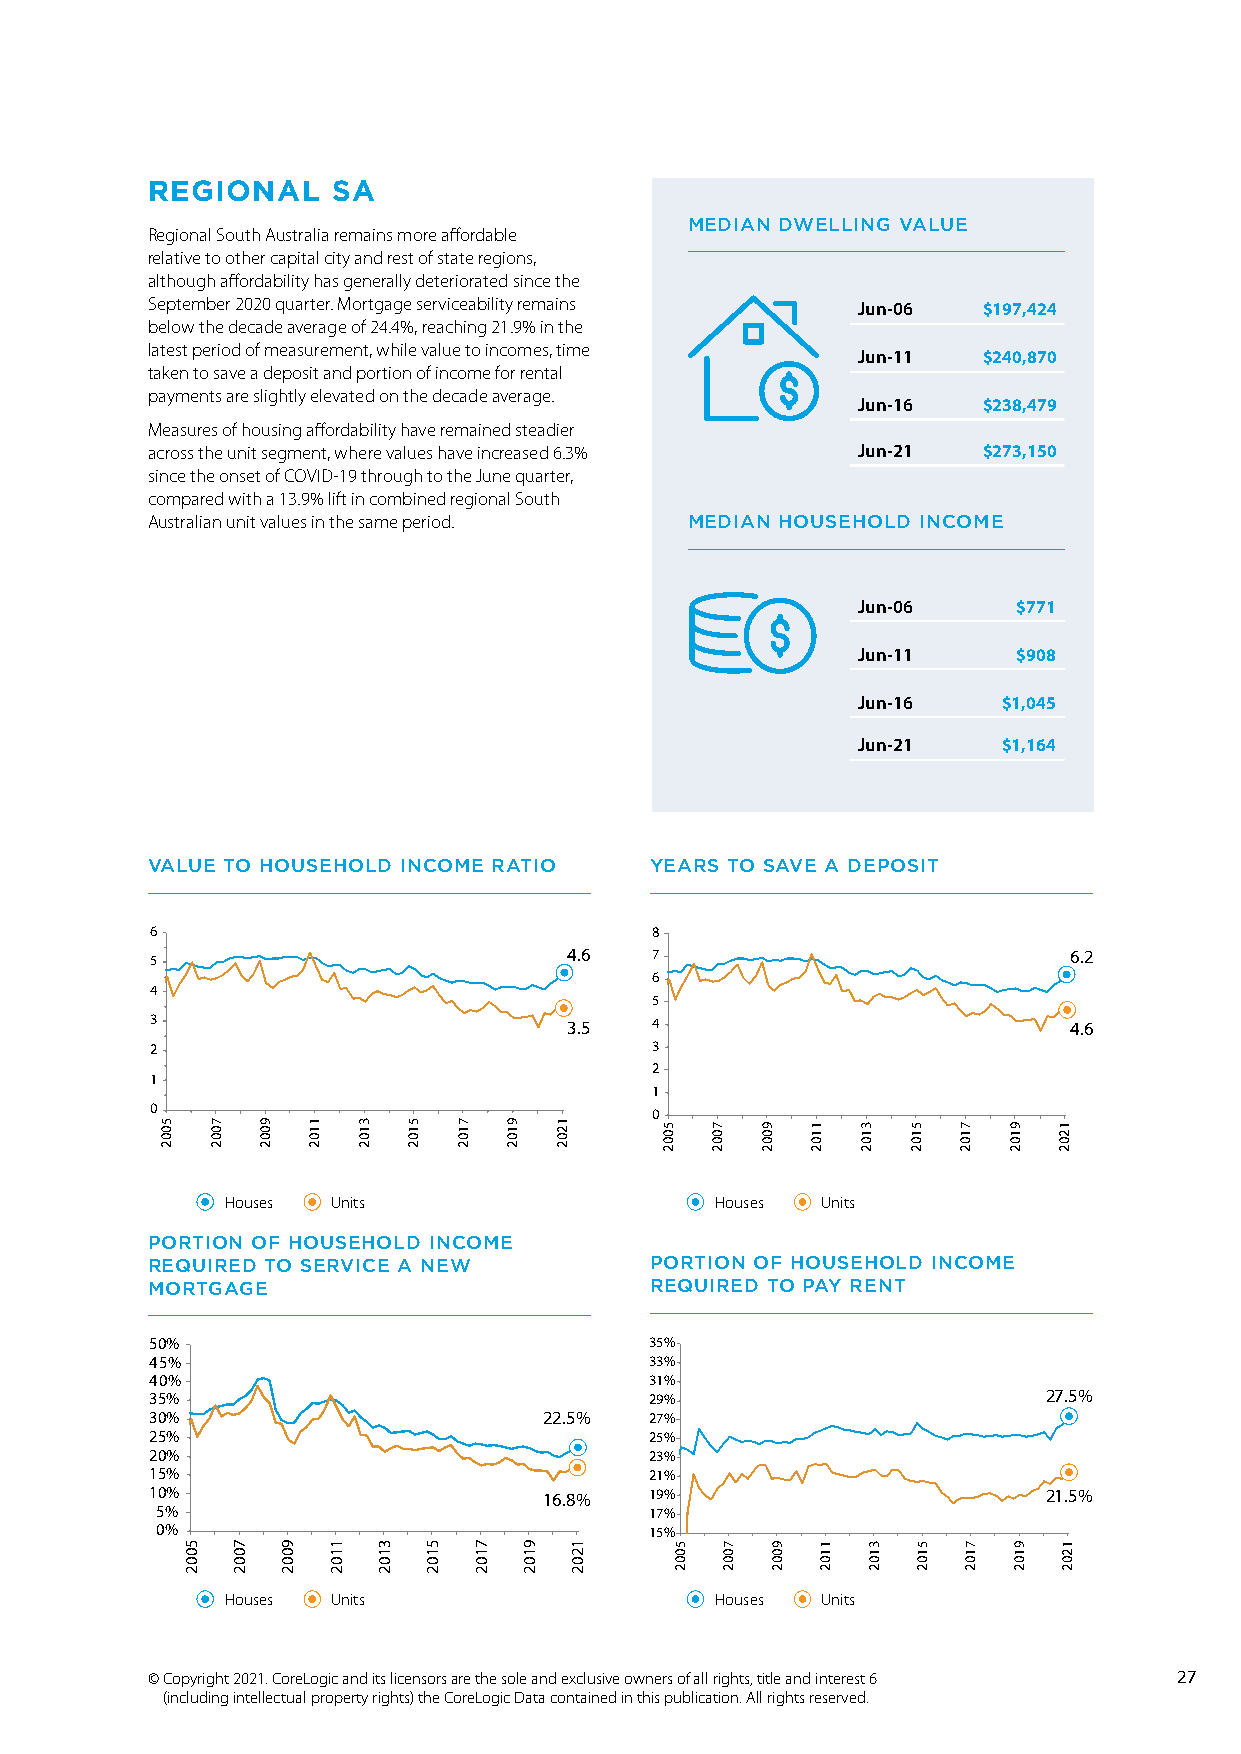
REGIONAL    SA
 MEDIAN DWELLING VALUE
 Regional South Australia remains more affordable
 relative to other capital city and rest of state regions,
 although affordability has generally deteriorated since the
 September 2020 quarter. Mortgage serviceability remains Jun-06 $197,424
 below the decade average of 24.4%, reaching 21.9% in the
 latest period of measurement, while value to incomes, time
 Jun-11  $240,870
 taken to save a deposit and portion of income for rental
 payments are slightly elevated on the decade average.
 Jun-16  $238,479
 Measures of housing affordability have remained steadier
 across the unit segment, where values have increased 6.3% Jun-21 $273,150
 since the onset of COVID-19 through to the June quarter,
 compared with a 13.9% lift in combined regional South
 Australian unit values in the same period. MEDIAN HOUSEHOLD INCOME
 Jun-06    $771
 Jun-11    $908
 Jun-16   $1,045
 Jun-21   $1,164
 VALUE TO HOUSEHOLD INCOME RATIO  YEARS TO SAVE A DEPOSIT
 6                                8
 5                           4.6  7                           6.2
 6
 4
 5
 3                           3.5  4                           4.6
 2                                3
 2
 1
 1
 0                                0
 Houses Units                    Houses Units
 PORTION OF HOUSEHOLD INCOME
 REQUIRED TO SERVICE A NEW        PORTION OF HOUSEHOLD INCOME
 MORTGAGE                         REQUIRED TO PAY RENT
 50%                              35%
 45%                              33%
 40%                              31%
 35%                              29%                       27.5%
 30%                       22.5%  27%
 25%                              25%
 20%                              23%
 15%                              21%
 10%                       16.8%  19%                       21.5%
 5%                               17%
 0%                               15%
 Houses Units                    Houses Units
 © Copyright 2021. CoreLogic and its licensors are the sole and exclusive owners of all rights, title and interest 6 27
 (including intellectual property rights) the CoreLogic Data contained in this publication. All rights reserved.
 5002
 5002
 7002
 7002
 9002
 9002
 1102
 1102
 3102
 3102
 5102
 5102
 7102
 7102
 9102
 9102
 1202
 1202
 5002
 5002
 7002
 7002
 9002
 9002
 1102
 1102
 3102
 3102
 5102
 5102
 7102
 7102
 9102
 9102
 1202
 1202